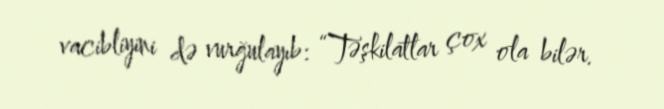
vacibliyini də vurğulayıb: “Təşkilatlar çox ola bilər.